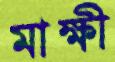
মাক্ষী